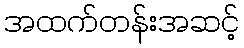
အထက်တန်းအဆင့်